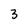
Character: 3